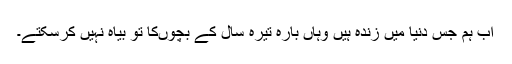
اب ہم جس دنیا میں‌ زندہ ہیں‌ وہاں‌ بارہ تیرہ سال کے بچوں‌کا تو بیاہ نہیں‌ کرسکتے۔